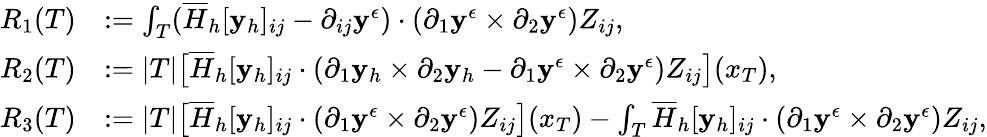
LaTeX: \begin{array}{rl}{R_{1}(T)}&{:=\int_{T}(\overline{{H}}_{h}[\mathbf{y}_{h}]_{ij}-\partial_{ij}\mathbf{y}^{\epsilon})\cdot(\partial_{1}\mathbf{y}^{\epsilon}\times\partial_{2}\mathbf{y}^{\epsilon})Z_{ij},}\\ {R_{2}(T)}&{:=|T|\big[\overline{{H}}_{h}[\mathbf{y}_{h}]_{ij}\cdot(\partial_{1}\mathbf{y}_{h}\times\partial_{2}\mathbf{y}_{h}-\partial_{1}\mathbf{y}^{\epsilon}\times\partial_{2}\mathbf{y}^{\epsilon})Z_{ij}\big](x_{T}),}\\ {R_{3}(T)}&{:=|T|\big[\overline{{H}}_{h}[\mathbf{y}_{h}]_{ij}\cdot(\partial_{1}\mathbf{y}^{\epsilon}\times\partial_{2}\mathbf{y}^{\epsilon})Z_{ij}\big](x_{T})-\int_{T}\overline{{H}}_{h}[\mathbf{y}_{h}]_{ij}\cdot(\partial_{1}\mathbf{y}^{\epsilon}\times\partial_{2}\mathbf{y}^{\epsilon})Z_{ij},}\end{array}